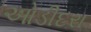
ઓડીદરા